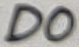
Text: D0